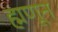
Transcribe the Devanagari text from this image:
ह्मणून